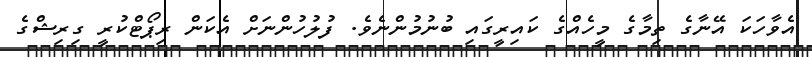
އެވާހަކަ އޭނާގެ ތިމާގެ މީހެއްގެ ކައިރީގައި ބުނުމުންނެވެ. ފުލުހުންނަށް އެކަން ރިޕޯޓްކުރީ ގިރިޝްގެ